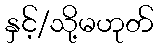
နှင့်/သို့မဟုတ်